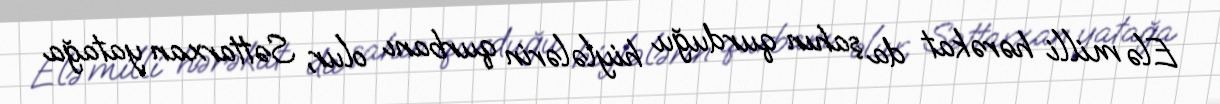
Elə milli hərəkat da şahın qurduğu hiylələrin qurbanı olur, Səttarxan yatağa